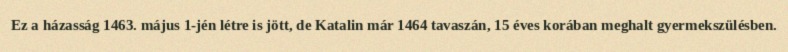
Ez a házasság 1463. május 1-jén létre is jött, de Katalin már 1464 tavaszán, 15 éves korában meghalt gyermekszülésben.